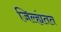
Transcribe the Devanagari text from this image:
जिल्ह्यंतत